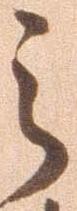
之